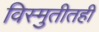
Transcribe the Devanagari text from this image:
विस्मुतीतही